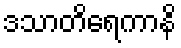
ဒသာတိရေကာနိ